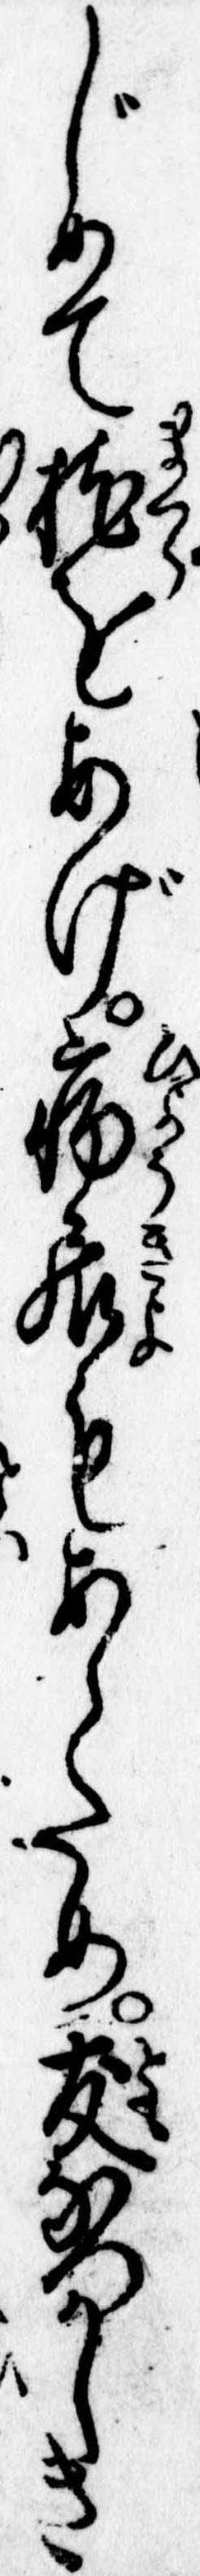
じめて枕をあげ病居もあらため友なつかしき